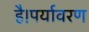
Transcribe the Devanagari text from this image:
है।पर्यावरण